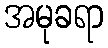
အမုခရာ